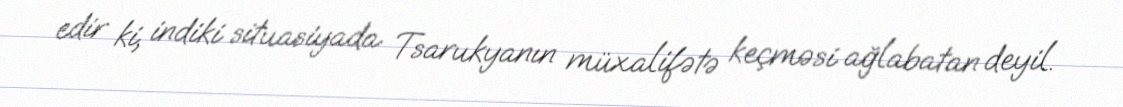
edir ki, indiki situasiyada Tsarukyanın müxalifətə keçməsi ağlabatan deyil.